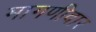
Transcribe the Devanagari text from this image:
मागणीदार